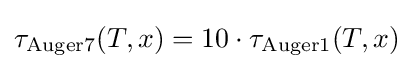
\tau _{\text{Auger7}}(T,x)=10\cdot \tau _{\text{Auger1}}(T,x)